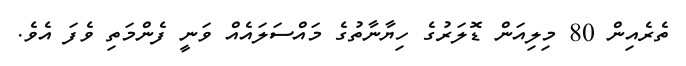
ތެރެއިން 80 މިލިއަން ޑޮލަރުގެ ހިޔާނާތުގެ މައްސަލައެއް ވަނީ ފެންމަތި ވެފަ އެވެ.